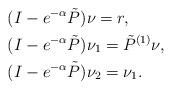
LaTeX: \begin{align*}&(I-e^{-\alpha}\tilde{P})\nu = r,\\&(I-e^{-\alpha}\tilde{P})\nu_1 = \tilde{P}^{(1)}\nu,\\&(I-e^{-\alpha}\tilde{P})\nu_2 = \nu_1.\end{align*}